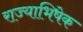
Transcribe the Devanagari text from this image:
राज्‍याभिषेक